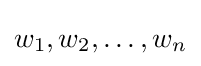
w_{1},w_{2},\ldots ,w_{n}